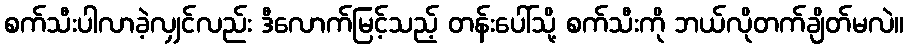
စက်သီးပါလာခဲ့လျှင်လည်း ဒီလောက်မြင့်သည့် တန်းပေါ်သို့ စက်သီးကို ဘယ်လိုတက်ချိတ်မလဲ။